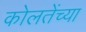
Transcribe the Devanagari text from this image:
कोलतेंच्या